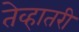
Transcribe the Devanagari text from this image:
तेव्हातरी